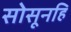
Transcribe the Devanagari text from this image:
सोसूनहि